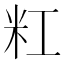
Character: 䉺